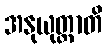
အနုယုတ္တာတိ